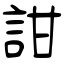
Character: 詌